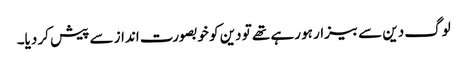
لوگ دین سے بیزار ہو رہے تھے تو دین کو خوبصورت انداز سے پیش کر دیا۔